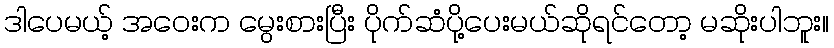
ဒါပေမယ့် အဝေးက မွေးစားပြီး ပိုက်ဆံပို့ပေးမယ်ဆိုရင်တော့ မဆိုးပါဘူး။